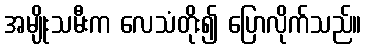
အမျိုးသမီးက လေသံတိုး၍ ပြောလိုက်သည်။